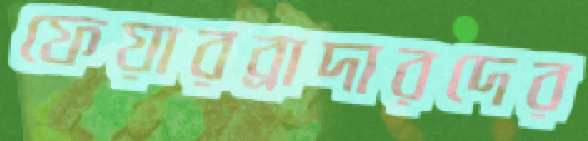
ফেয়ারব্রাদারদের